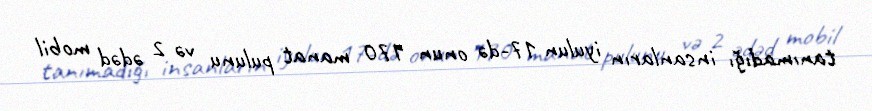
tanımadığı insanların iyulun 17-də onun 170 manat pulunu və 2 ədəd mobil